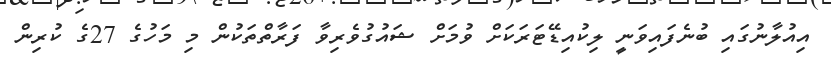
އިއުލާނުގައި ބުނެފައިވަނީ ލިކުއިޑޭޓަރަކަށް ވުމަށް ޝައުގުވެރިވާ ފަރާތްތަކުން މި މަހުގެ 27ގެ ކުރިން